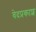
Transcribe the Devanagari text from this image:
वेदप्रकाश